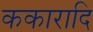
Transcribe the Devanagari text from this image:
ककारादि